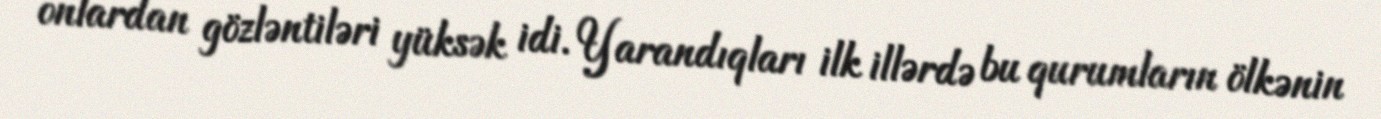
onlardan gözləntiləri yüksək idi. Yarandıqları ilk illərdə bu qurumların ölkənin